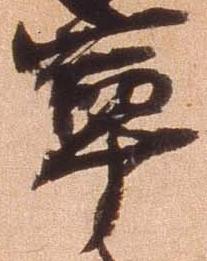
寧